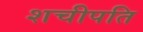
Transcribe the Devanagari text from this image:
शचीपति